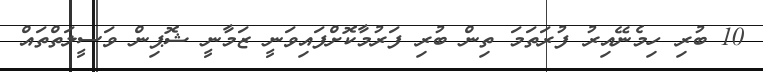
10 ބުރި ހިމެނޭއިރު ފުރަތަމަ ތިން ބުރި ފަރުމާކޮށްފައިވަނީ ޒަމާނީ ޝޮޕިން ވަސީލަތްތައް